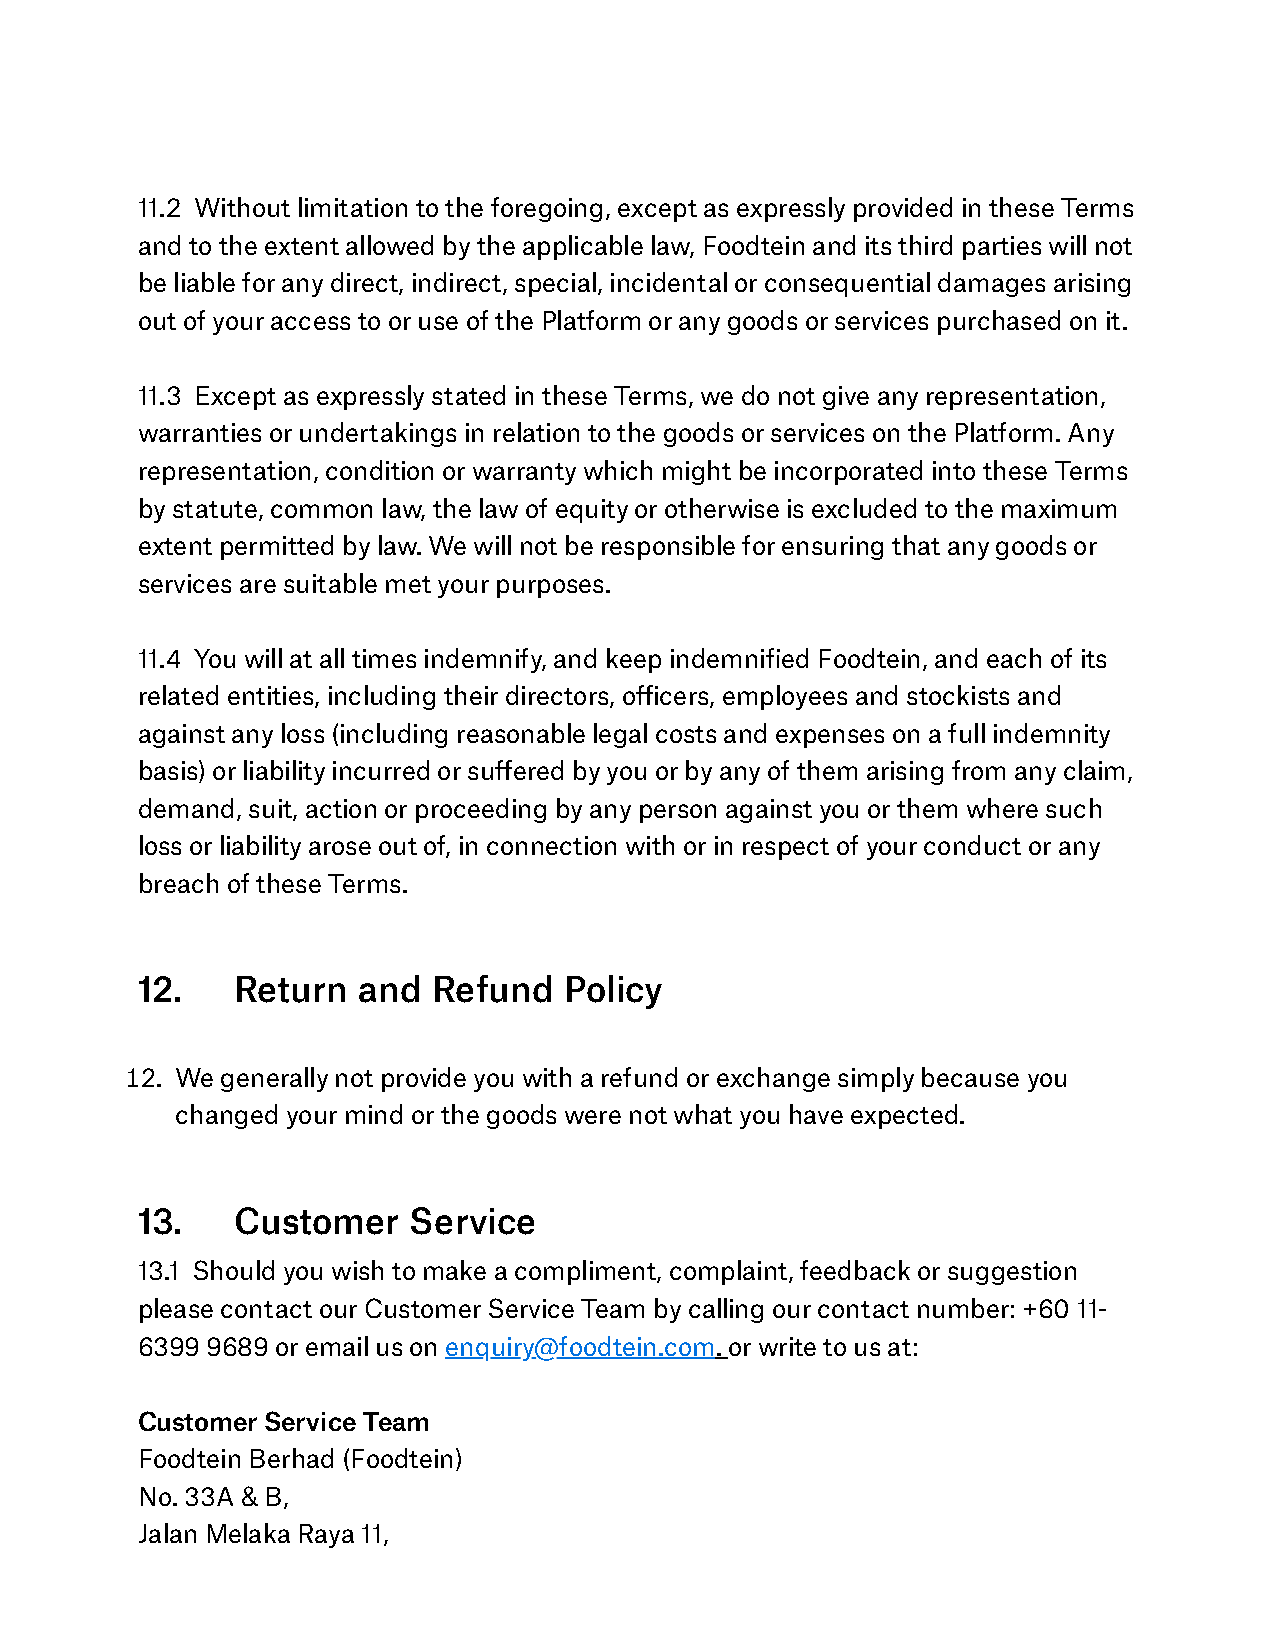
11.2 Without limitation to the foregoing, except as expressly provided in these Terms
 and to the extent allowed by the applicable law, Foodtein and its third parties will not
 be liable for any direct, indirect, special, incidental or consequential damages arising
 out of your access to or use of the Platform or any goods or services purchased on it.
 11.3 Except as expressly stated in these Terms, we do not give any representation,
 warranties or undertakings in relation to the goods or services on the Platform. Any
 representation, condition or warranty which might be incorporated into these Terms
 by statute, common law, the law of equity or otherwise is excluded to the maximum
 extent permitted by law. We will not be responsible for ensuring that any goods or
 services are suitable met your purposes.
 11.4 You will at all times indemnify, and keep indemnified Foodtein, and each of its
 related entities, including their directors, officers, employees and stockists and
 against any loss (including reasonable legal costs and expenses on a full indemnity
 basis) or liability incurred or suffered by you or by any of them arising from any claim,
 demand, suit, action or proceeding by any person against you or them where such
 loss or liability arose out of, in connection with or in respect of your conduct or any
 breach of these Terms.
 12.   Return   and  Refund  Policy
 . We generally not provide you with a refund or exchange simply because you
 changed your mind or the goods were not what you have expected.
 13.   Customer    Service
 13.1 Should you wish to make a compliment, complaint, feedback or suggestion
 please contact our Customer Service Team by calling our contact number: +60 11-
 6399 9689 or email us on enquiry@foodtein.com. or write to us at:
 Customer Service Team
 Foodtein Berhad (Foodtein)
 No. 33A & B,
 Jalan Melaka Raya 11,